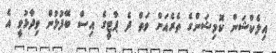
އިލެކްޝަން ކޮމިޝަންގެ ތެރެއަށް ވަތް ދެ ޕާޓީގެ އިސް ބޭފުޅުން ވިދާޅުވީ އެ